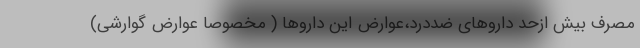
مصرف بیش ازحد داروهای ضددرد،عوارض این داروها ( مخصوصا عوارض گوارشی)